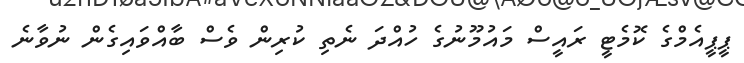
ޕީޕީއެމްގެ ކޮމެޓީ ރައީސް މައުމޫނުގެ ހުއްދަ ނެތި ކުރިން ވެސް ބާއްވައިގެން ނުވާނެ